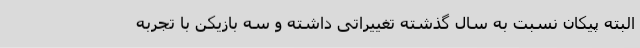
البته پیکان نسبت به سال گذشته تغییراتی داشته و سه بازیکن با تجربه